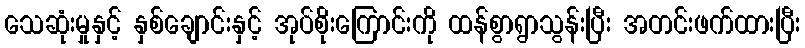
သေဆုံးမှုနှင့် နှစ်ချောင်းနှင့် အုပ်စိုးကြောင်းကို ထန်စွာရွာသွန်းပြီး အတင်းဖက်ထားပြီး